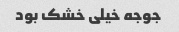
جوجه خیلی خشک بود